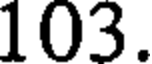
103.